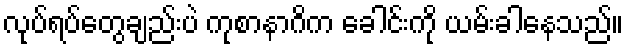
လုပ်ရပ်တွေချည်းပဲ ကုစာနာဂိက ခေါင်းကို ယမ်းခါနေသည်။